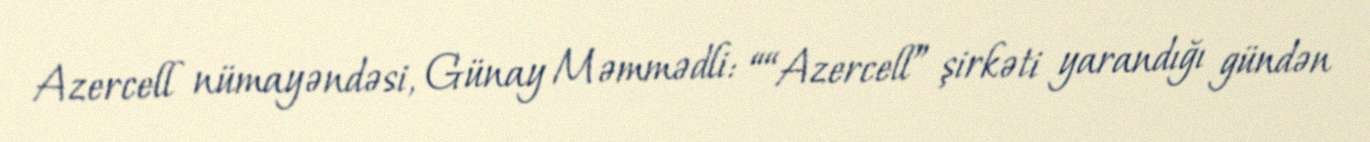
Azercell nümayəndəsi, Günay Məmmədli: ““Azercell” şirkəti yarandığı gündən